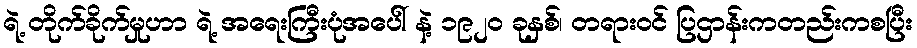
ရဲ့ တိုက်ခိုက်မှုဟာ ရဲ့ အရေးကြီးပုံအပေါ် နဲ့ ၁၉၂၀ ခုနှစ်၊ တရားဝင် ပြဌာန်းကတည်းကစပြီး